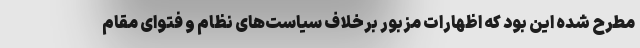
مطرح شده این بود که اظهارات مزبور برخلاف سیاست‌های نظام و فتوای مقام